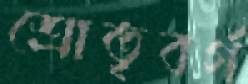
শ্রোতৃবর্গ